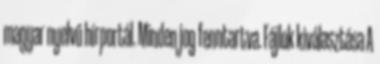
magyar nyelvű hírportál. Minden jog fenntartva. Fájlok kiválasztása A